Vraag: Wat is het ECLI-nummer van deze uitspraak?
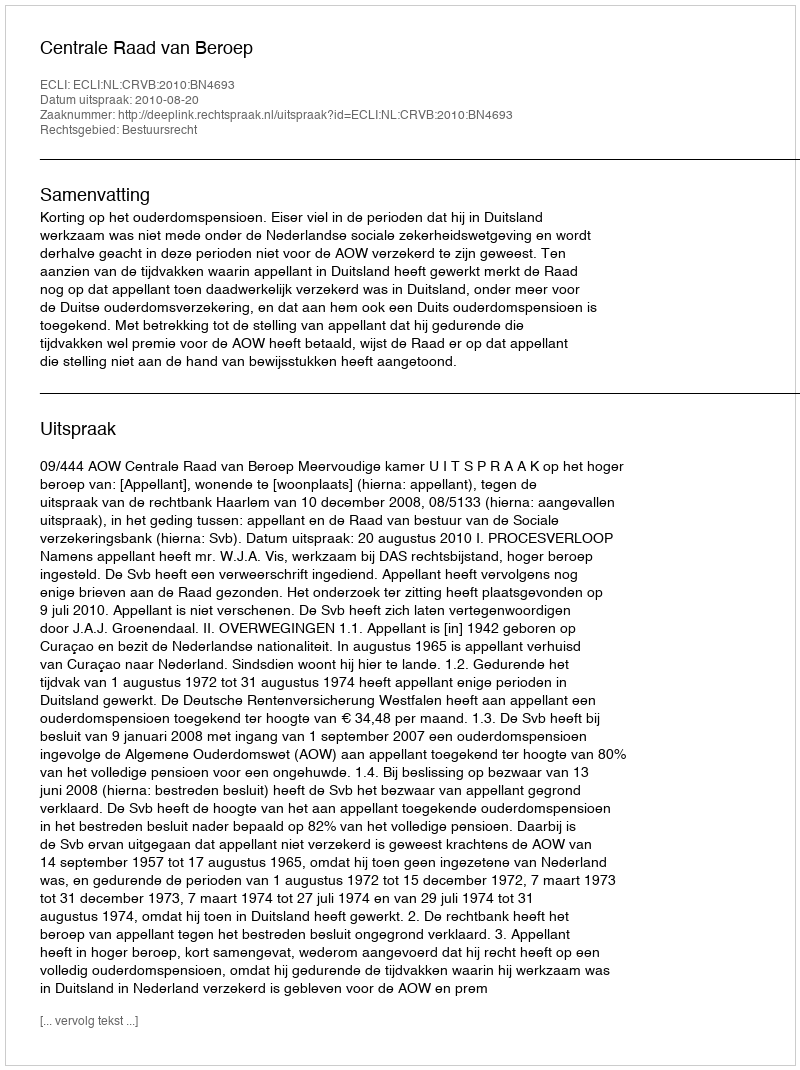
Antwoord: ECLI:NL:CRVB:2010:BN4693